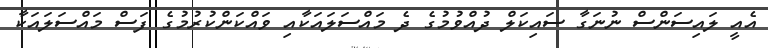
އެއީ ލައިސަންސް ނުނަގާ ސައިކަލް ދުއްވުމުގެ ދެ މައްސަލައަކާއި ވައްކަންކުރުމުގެ ފަސް މައްސަލައަކާ